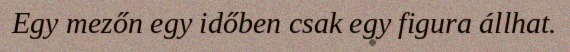
Egy mezőn egy időben csak egy figura állhat.